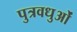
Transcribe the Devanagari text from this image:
पुत्रवधुओं